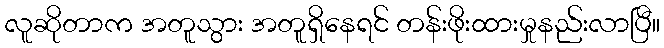
လူဆိုတာက အတူသွား အတူရှိနေရင် တန်းဖိုးထားမှုနည်းလာပြီ။